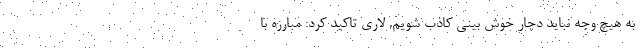
به هیچ وجه نباید دچار خوش بینی کاذب شویم. لاری تاکید کرد: مبارزه با